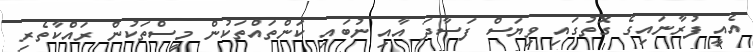
އެއީ ފުރާނައިގެ ގޮތުގައި ވިޔަސް ފަސާދަ އާއި ނުބައި ކަންތައްތަކުން މީސްތަކުން ރައްކާތެރި